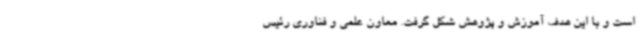
است و با این هدف آموزش و پژوهش شکل گرفت. معاون علمی و فناوری رئیس